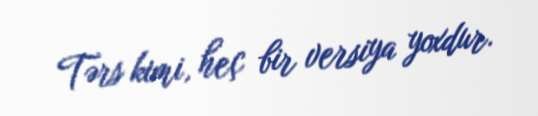
Tərs kimi, heç bir versiya yoxdur.